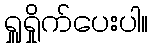
ရှူရှိုက်ပေးပါ။